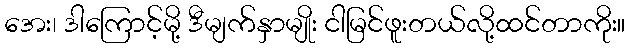
အေး၊ ဒါကြောင့်မို့ ဒီမျက်နှာမျိုး ငါမြင်ဖူးတယ်လို့ထင်တာကိုး။